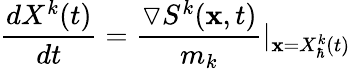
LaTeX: \frac{dX^{k}(t)}{dt}=\frac{\triangledown S^{k}(\textbf{x},t)}{m_{k}}\vert_{\textbf{x}=X_{\hbar}^{k}(t)}